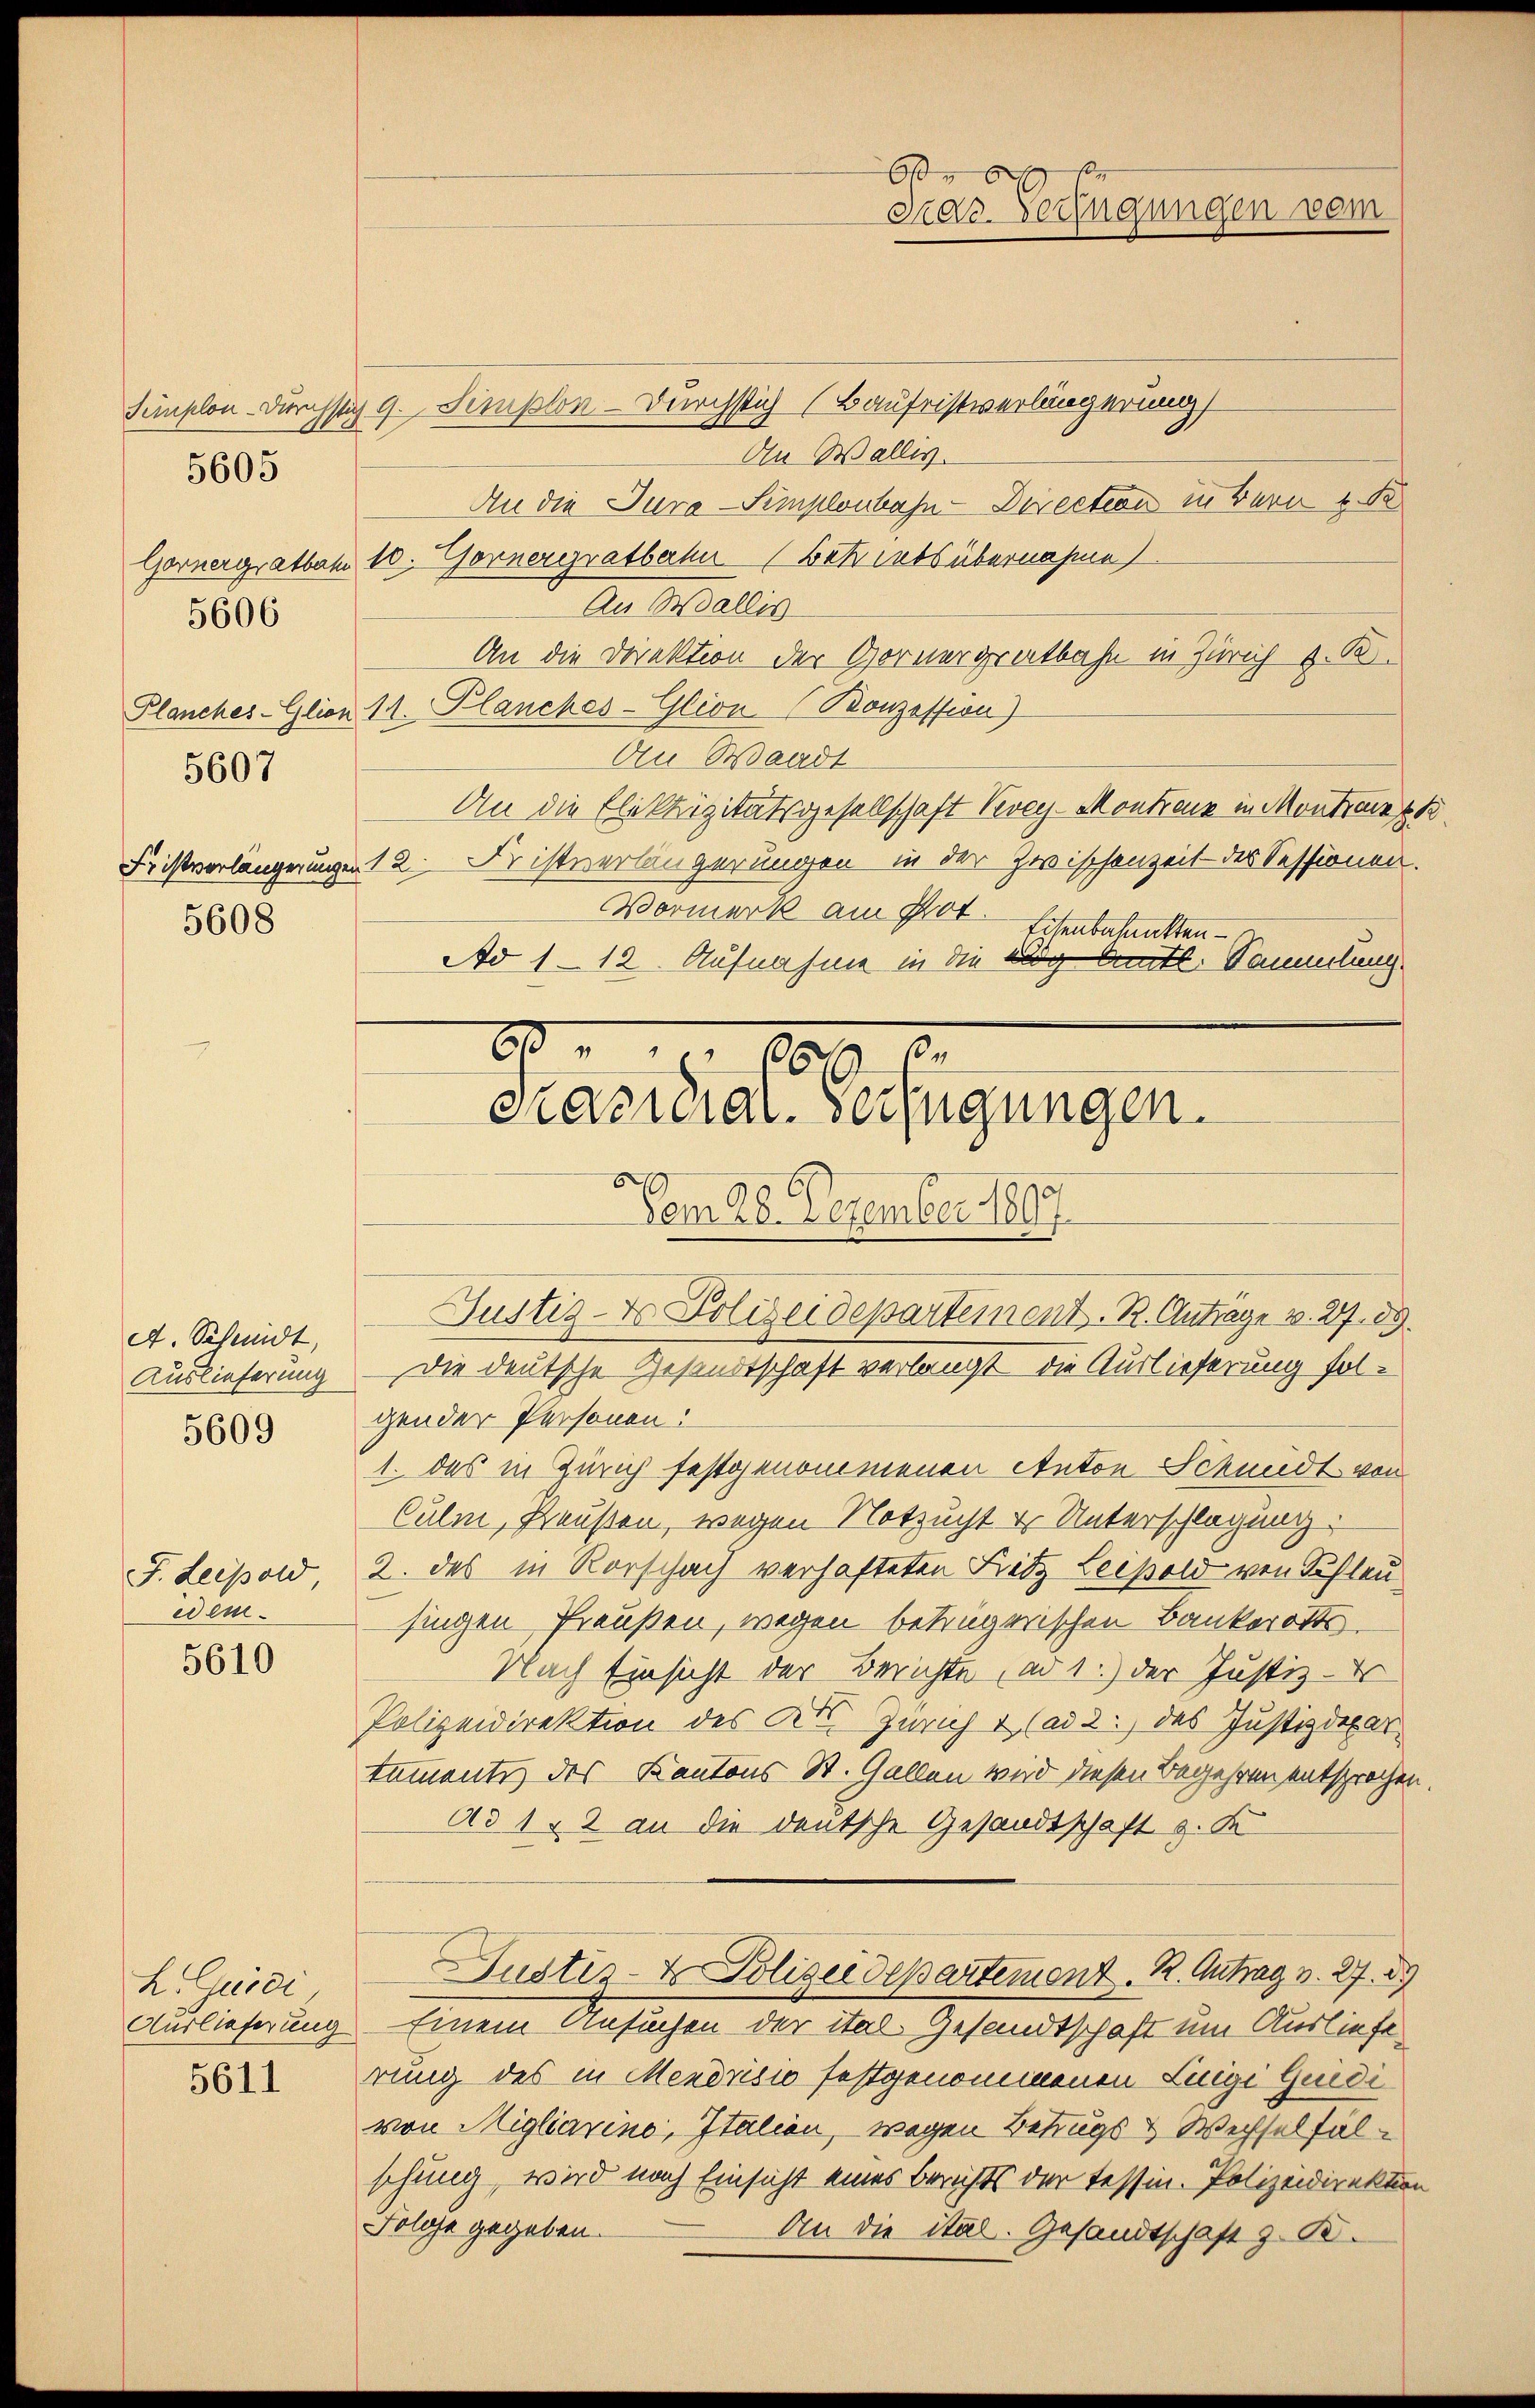
5607
5608

5605

5606

A. Schmidt,
Auslieferung
5609

J. Leipold
edem

5610

L. Quidi
Auslieferung

5611

An Wallis.
An die Jura Simplonbahn-Direction zu Bern u. de
Gornergratbam 10. Zornergratberher Betriebs übernahme
An Wallis
An die Direktion der Gornergratbahn in Zürich z. B
Planches-Glion 11. Planches-Glion (Konzession)
An Waadt
An die Elektrizitätsgesellschaft Vevey Montreux in Montra
Fristverlängerungen 12. Fristverlängerungen in der Zwischenzeit des Sessionen.
Vormerk am Prot. Eisenbahnmatten
Ad 112. Aufnahme in die ag Amtl. Sammlung

Simplon durchstiz 9. Simplon - Durchstich (Baufristverlängerung

Or
Ka-Verfügungen vom

gender Personen:
1. das in Zürich festgenommenen Anton Schmidt von
Culm, Preußen, wegen Notzucht er Unterschlagung:
2. des in Rorschach verhafteten Kitz Leipold von Schleu
singen Preußen, wegen betrügerischen Bankerotts¬
Nach Einsicht der Berichte, ad 1.) der Justiz-
Polizeidirektion des Kt. Zürich 2 (ad 2. des Justizdepar
tamente des Kantons St. Gallen wird diesen Begehren entsprochen
Ad 1, 2 an die deutsche Gesandtschaft z. K
Justiz- & Polizeidepartement. R. Antrag v. 27. 89
Einem Ansuchen der ital. Gesandtschaft um Ausliefe
rung des in Mendrisio festgenommenen Luigi Guidi
von Migliarino, Italien, wegen Betrugs- & Wechselfälschung, wird nach Einsicht eines Berichts der Tessin. Polizeidirektion
Folge gegeben. An die ital. Gesandtschaft z. B.

60 n 1. 662. 6
Kraordial-Verfügungen.
Vom 28. Dezember 1807.
Justiz- & Polizeidepartement. R. Anträge v. 27. 89.
Die deutsche Gesandtschaft verlangt die Auslieferung fol¬